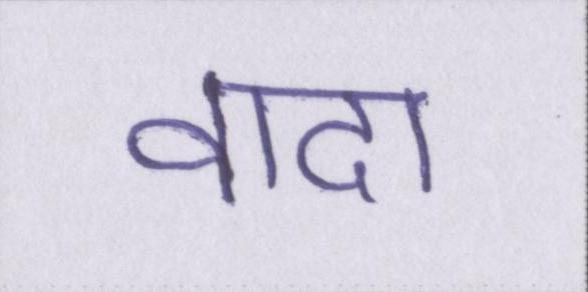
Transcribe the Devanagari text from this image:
वादा